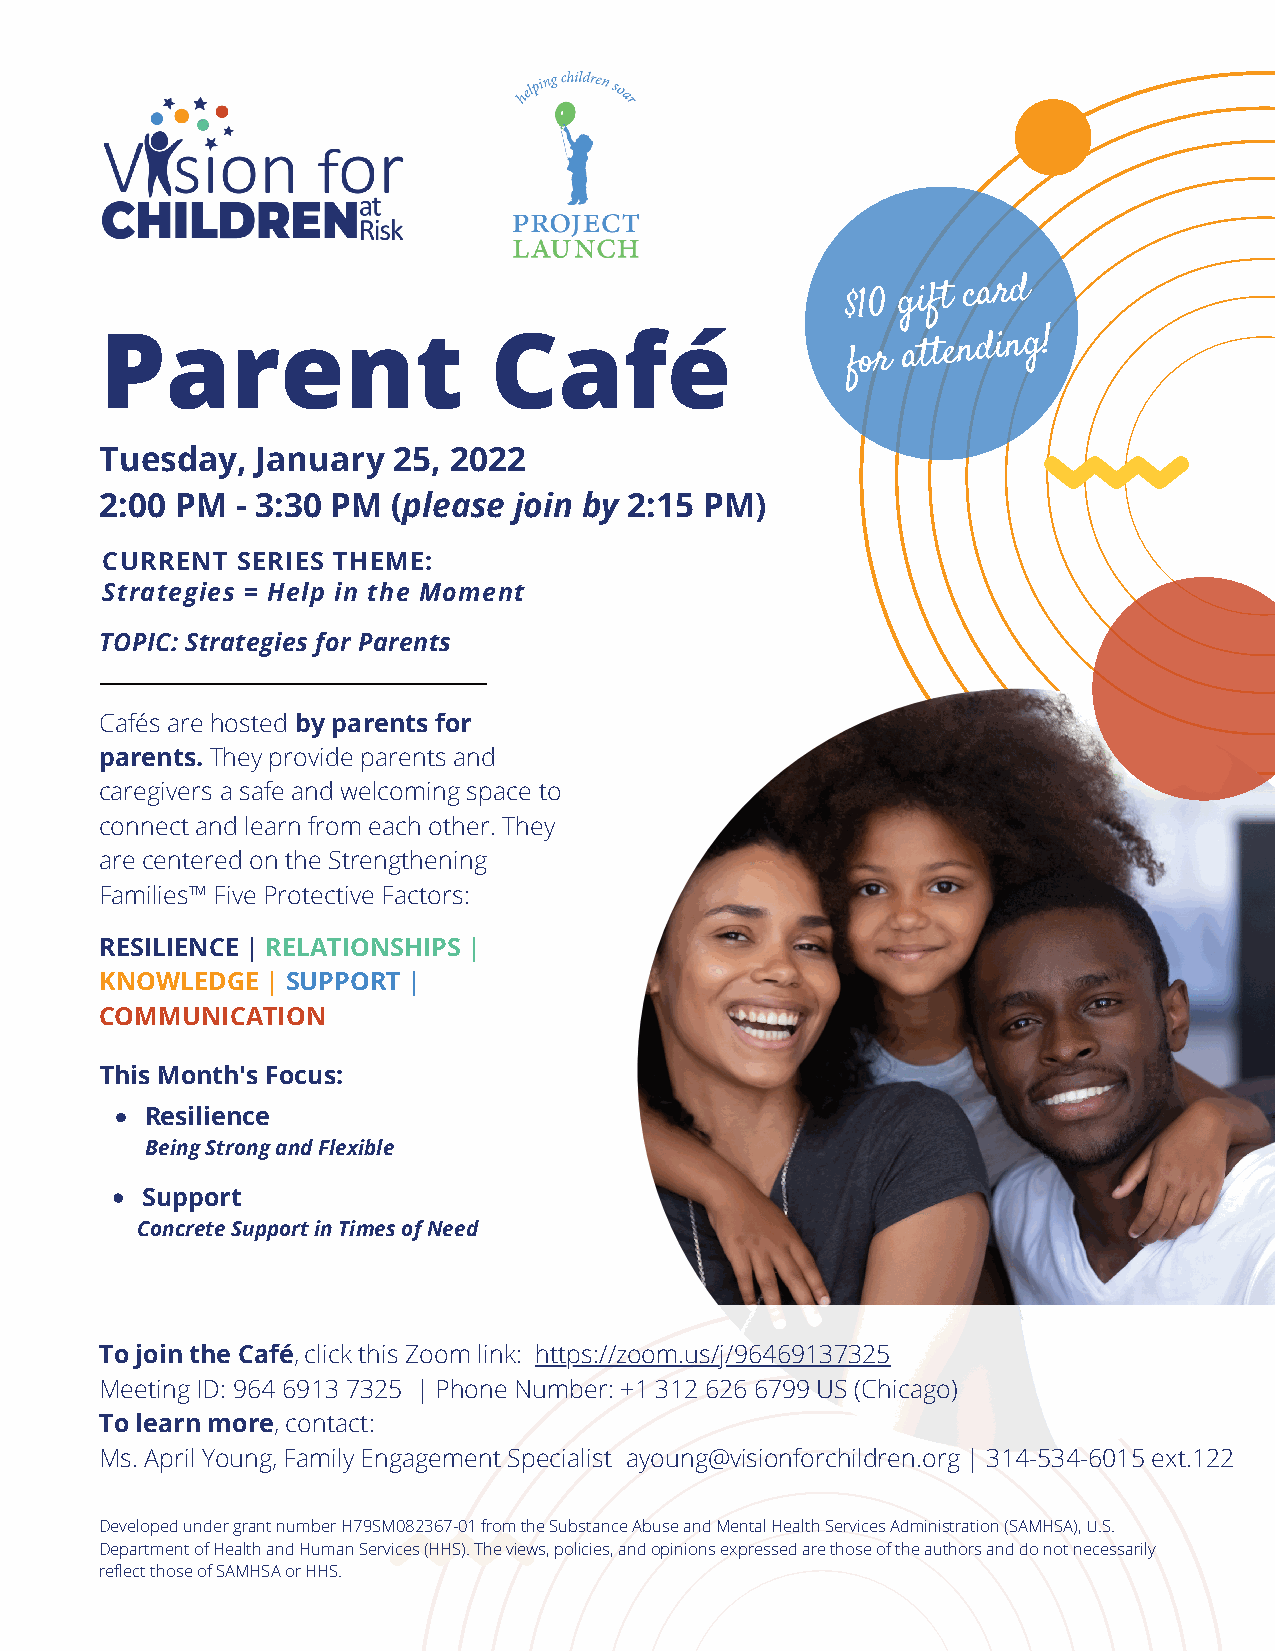
$10
 gift
 card
 Parent                   Café
 for
 attending!
 Tuesday,  January  25, 2022
 2:00 PM  - 3:30 PM (please join by 2:15 PM)
 CURRENT  SERIES THEME:
 Strategies = Help in the Moment
 TOPIC: Strategies for Parents
 Cafés are hosted by parents for
 parents. They provide parents and
 caregivers a safe and welcoming space to
 connect and learn from each other. They
 are centered on the Strengthening
 Families™ Five Protective Factors:
 RESILIENCE | RELATIONSHIPS |
 KNOWLEDGE  | SUPPORT |
 COMMUNICATION
 This Month's Focus:
 Resilience
 Being Strong and Flexible
 Support
 Concrete Support in Times of Need
 To join the Café, click this Zoom link: https://zoom.us/j/96469137325
 Meeting ID: 964 6913 7325 | Phone Number: +1 312 626 6799 US (Chicago)
 To learn more, contact:
 Ms. April Young, Family Engagement Specialist ayoung@visionforchildren.org | 314-534-6015 ext.122
 Developed under grant number H79SM082367-01 from the Substance Abuse and Mental Health Services Administration (SAMHSA), U.S.
 Department of Health and Human Services (HHS). The views, policies, and opinions expressed are those of the authors and do not necessarily
 reflect those of SAMHSA or HHS.